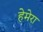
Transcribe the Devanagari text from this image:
हेमेरा